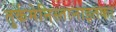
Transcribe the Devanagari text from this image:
तुर्कमेनिस्तानाइतका